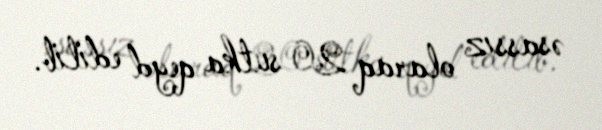
əsassız olaraq 20 sutka qeyd edilib.